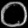
Digit: ၀